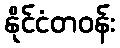
နိုင်ငံတဝန်း